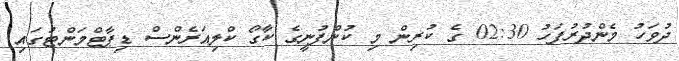
ދުވަހު މެންދުރުފަހު 02:30 ގެ ކުރިން މި ކުންފުނީގެ ކާގޯ ކްލިއަރެންސް ޑިޕާޓްމަންޓުގައި